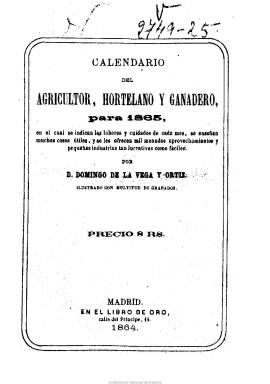
Título: Calendario del agricultor, hortelano y ganadero
Colección: Almanaques || Agricultura y ganadería
Ámbito geográfico: Madrid
Lugar de publicación: Madrid
Fechas: 01/01/1865-31/12/1865

Elaborado por Dionisio de la Vega y Ortiz, este volumen anual para 1865, de más de trescientas páginas, contiene un calendario, con el santoral, y datos mensuales de labores y cuidados agrícolas y ganaderos, así como de conocimientos para el aprovechamiento de sus productos para pequeñas empresas e industrias accesorias, datos de lo que denomina meterorognosis y gallinocultura, y de zootecnia. También otras informaciones para el reconocimiento anticipado de los temporales y algunas estadísticas y datos enciclopédicos. Con un índice, al final. Inserta algunos grabados de utensilios agrícolas y de dibujos de ganado. Al final, también ofrece una selección bibliográfica de manuales de estos asuntos.